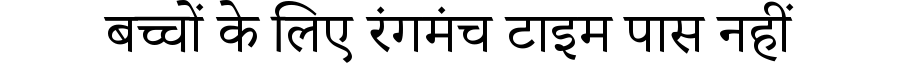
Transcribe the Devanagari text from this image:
बच्चों के लिए रंगमंच टाइम पास नहीं